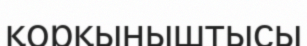
қорқыныштысы